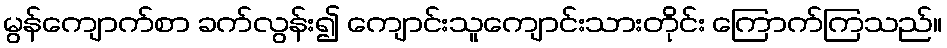
မွန်ကျောက်စာ ခက်လွန်း၍ ကျောင်းသူကျောင်းသားတိုင်း ကြောက်ကြသည်။